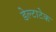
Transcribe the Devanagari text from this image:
डेल्टाटेक